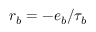
r _ { b } = - e _ { b } / \tau _ { b }